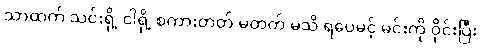
သာထက် သင်းရို့ ငါရို့ စကားတတ် မတတ် မသိ ရပေမင့် မင်းကို ဝိုင်းပြီး